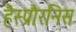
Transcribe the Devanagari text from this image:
हैस्प्रौरनिस